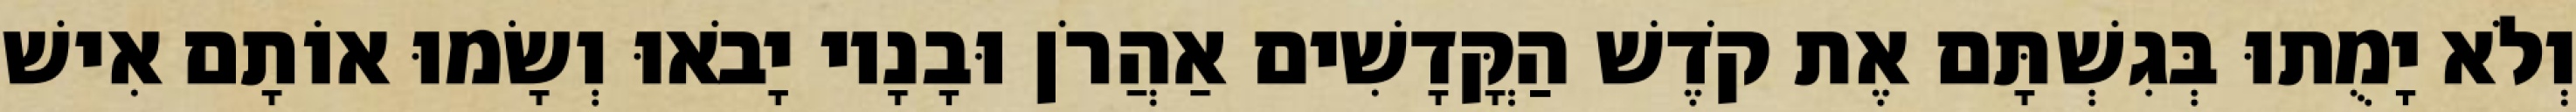
וְלֹא יָמֻתוּ בְּגִשְׁתָּם אֶת קֹדֶשׁ הַקֳּדָשִׁים אַהֲרֹן וּבָנָיו יָבֹאוּ וְשָׂמוּ אוֹתָם אִישׁ